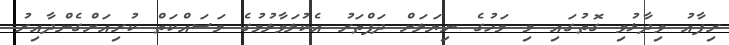
ރިފާއު ވިދާޅުވި ގޮތުގައި މި މަހުގެ ނިޔަލަށް ދަފްތަރު އެކުލަވާލުމުގެ މަސައްކަތް ކުރިއަށްގެންދާއިރު